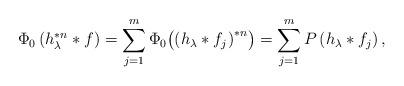
LaTeX: \begin{align*}\Phi_0 \left( h_\lambda^{*n}\ast f \right)=\sum_{j=1}^m\Phi_0\bigl( \left(h_\lambda\ast f_j \right)^{*n}\bigr)=\sum_{j=1}^m P \left( h_\lambda\ast f_j \right),\end{align*}